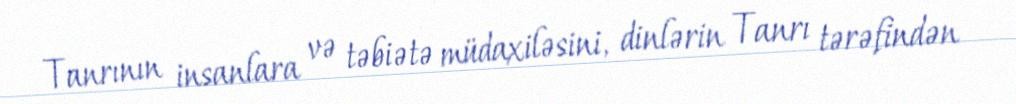
Tanrının insanlara və təbiətə müdaxiləsini, dinlərin Tanrı tərəfindən